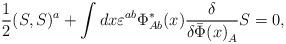
LaTeX: \begin{align*}\frac{1}{2}(S,S)^a+\int dx\varepsilon^{ab}\Phi_{Ab}^*(x) \frac{\delta}{\delta{\bar\Phi(x)}_{A}}S=0,\end{align*}